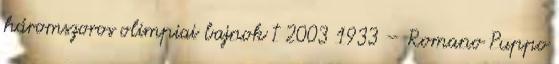
háromszoros olimpiai bajnok † 2003 1933 – Romano Puppo